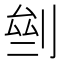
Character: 𠜸